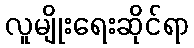
လူမျိုးရေးဆိုင်ရာ